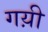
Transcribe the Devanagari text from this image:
गय़ी